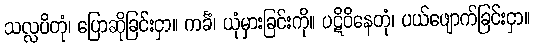
သလ္လပိတုံ၊ ပြောဆိုခြင်းငှာ။ ကင်္ခံ၊ ယုံမှားခြင်းကို။ ပဋိဝိနေတုံ၊ ပယ်ဖျောက်ခြင်းငှာ။